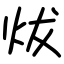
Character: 炦